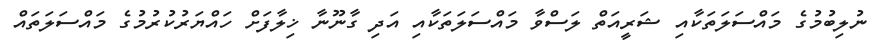
ނުލިބުމުގެ މައްސަލަތަކާއި ޝަރީއަތް ލަސްވާ މައްސަލަތަކާއި އަދި ގާނޫނާ ޚިލާފަށް ހައްޔަރުކުރުމުގެ މައްސަލަތައް